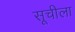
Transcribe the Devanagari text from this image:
सूचीला